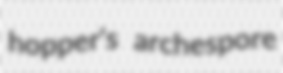
hopper's archespore